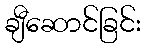
ချီဆောင်ခြင်း